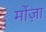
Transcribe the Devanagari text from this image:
मोंज़ा